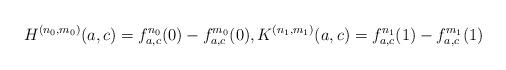
LaTeX: \begin{align*} H^{(n_0,m_0)}(a,c) = f_{a,c}^{n_0}(0) - f_{a,c}^{m_0}(0), K^{(n_1, m_1)}(a,c) = f_{a,c}^{n_1}(1) - f_{a,c}^{m_1}(1)\end{align*}